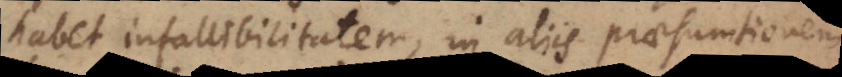
habet infallibilitatem, in aliis praesumtionem